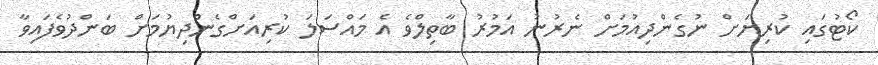
ކޯޓުގައި ކުރިޔަށް ނުގެންދިއުމަށް ނެރުނު އަމުރު ބާތިލްވެ އެ މައްސަލަ ކުރިއަށްގެންދިޔުމަށް ބަންދުވެފައިވާ